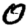
Digit: 0